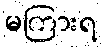
မကြားရ